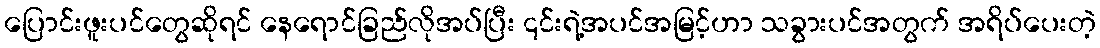
ပြောင်းဖူးပင်တွေဆိုရင် နေရောင်ခြည်လိုအပ်ပြီး ၎င်းရဲ့အပင်အမြင့်ဟာ သခွားပင်အတွက် အရိပ်ပေးတဲ့